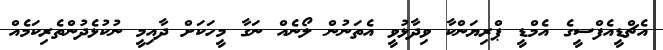
އެޗްޑީއެފްސީގެ އެމްޑީ ޕްރިޔަންކާ ވިދާޅުވީ އެތަނުން ލޯނެއް ނަގާ މީހަކަށް ދާއިމީ ނުކުޅެދުންތެރިކަމެއް